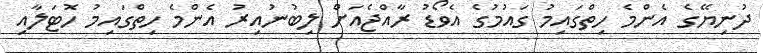
ދުނިޔޭގެ އެންމެ ހިތްގައިމު ގައުމުގެ އެވޯޑު ރާއްޖެއަށް ލިބުނުއިރު އެންމެ ހިތްގައިމު ހޮޓަލާއި